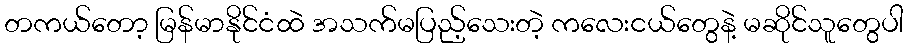
တကယ်တော့ မြန်မာနိုင်ငံထဲ အသက်မပြည့်သေးတဲ့ ကလေးငယ်တွေနဲ့ မဆိုင်သူတွေပါ